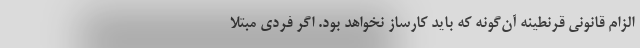
الزام قانونی قرنطینه آن‌گونه که باید کارساز نخواهد بود. اگر فردی مبتلا